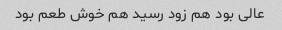
عالی بود هم زود رسید هم خوش طعم بود